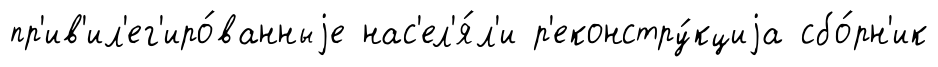
пр'ив'ил'ег'иро́ванныjе нас'ел'я́л'и р'еконстру́кциjа сбо́рн'ик